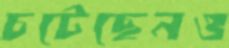
চটেছেনও